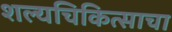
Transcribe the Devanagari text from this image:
शल्यचिकित्साचा